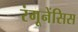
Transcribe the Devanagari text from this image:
रंगूनेंसिस